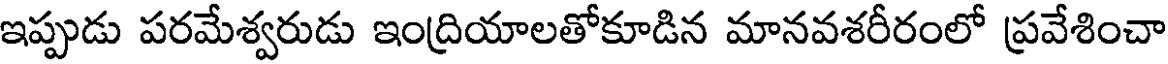
ఇప్పుడు పరమేశ్వరుడు ఇంద్రియాలతోకూడిన మానవశరీరంలో ప్రవేశించా